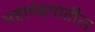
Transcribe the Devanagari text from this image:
महामंडपातील